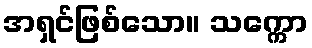
အရှင်ဖြစ်သော။ သက္ကော